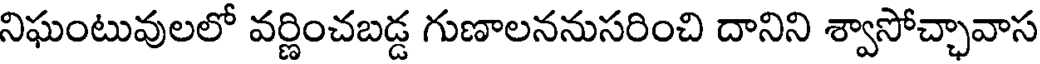
నిఘంటువులలో వర్ణించబడ్డ గుణాలననుసరించి దానిని శ్వాసోచ్ఛావాస